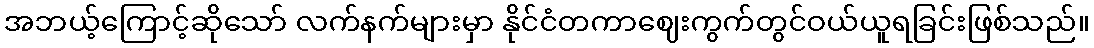
အဘယ့်ကြောင့်ဆိုသော် လက်နက်များမှာ နိုင်ငံတကာဈေးကွက်တွင်ဝယ်ယူရခြင်းဖြစ်သည်။